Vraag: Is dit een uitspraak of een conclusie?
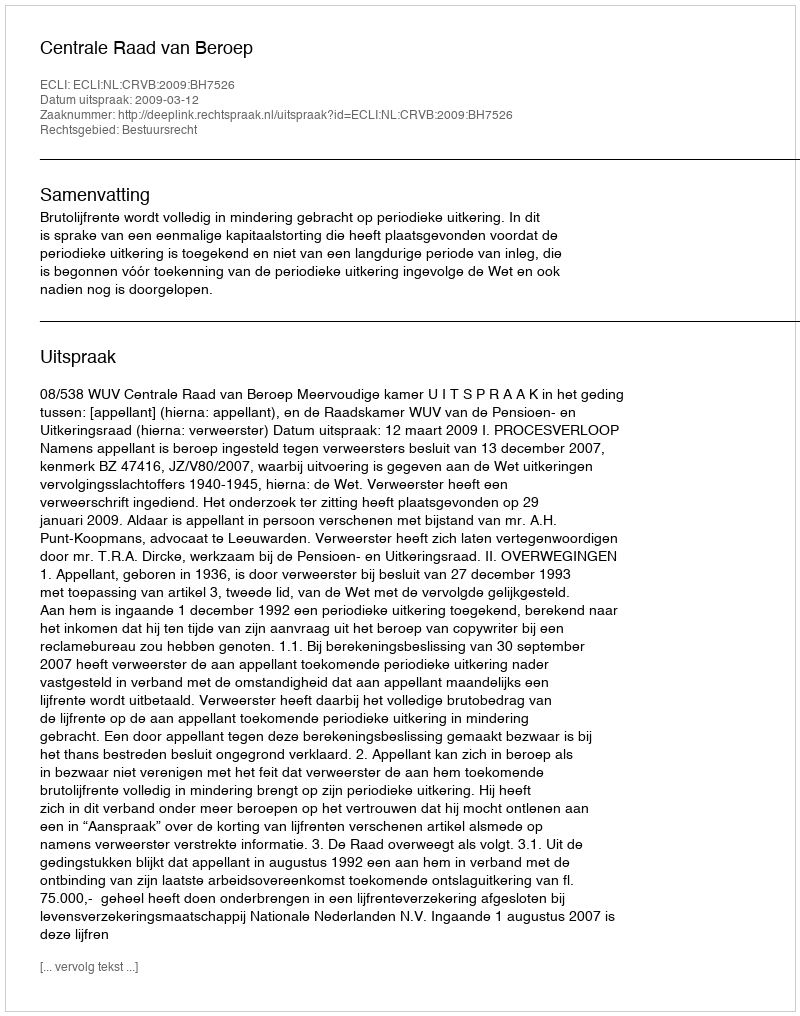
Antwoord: Uitspraak